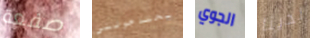
صفعة يحتاجونني الجوي لدينا